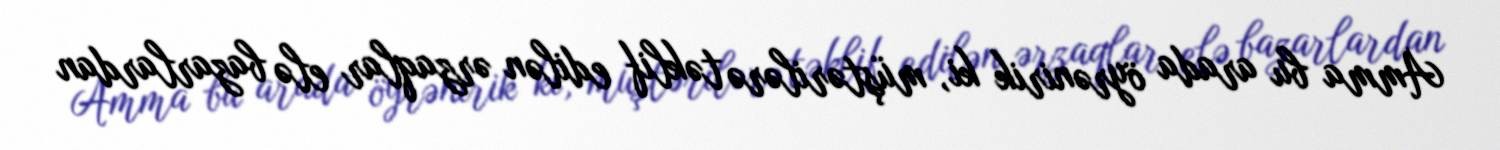
Amma bu arada öyrənirik ki, müştərilərə təklif edilən ərzaqlar elə bazarlardan